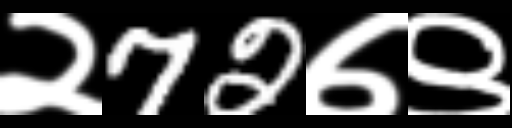
Text: २72७९